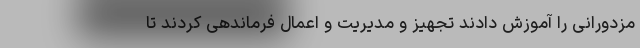
مزدورانی را آموزش دادند تجهیز و مدیریت و اعمال فرماندهی کردند تا